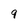
Character: 9